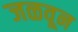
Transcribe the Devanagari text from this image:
जळवून